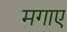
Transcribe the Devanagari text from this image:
मगाए